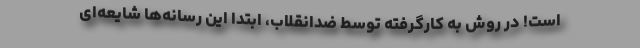
است! در روش به کارگرفته توسط ضدانقلاب، ابتدا این رسانه‌ها شایعه‌ای